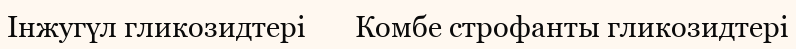
Інжугүл гликозидтері       Комбе строфанты гликозидтері